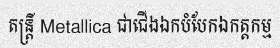
តន្ត្រី Metallica ជាជើងឯកបំបែកឯកត្តកម្ម